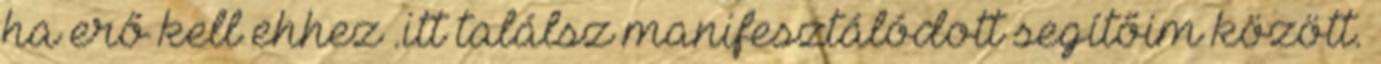
ha erő kell ehhez .itt találsz manifesztálódott segítőim között.